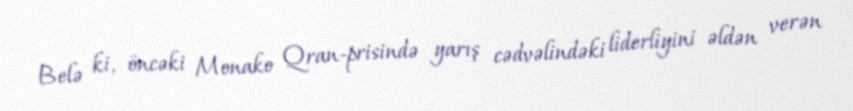
Belə ki, öncəki Monako Qran-prisində yarış cədvəlindəki liderliyini əldən verən